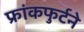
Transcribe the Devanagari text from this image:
फ्रांकफुर्टने